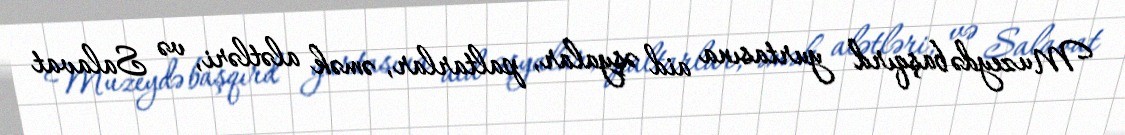
Muzeydə başqırd yurtasına aid əşyalar, paltarlar, əmək alətləri, və Salavat